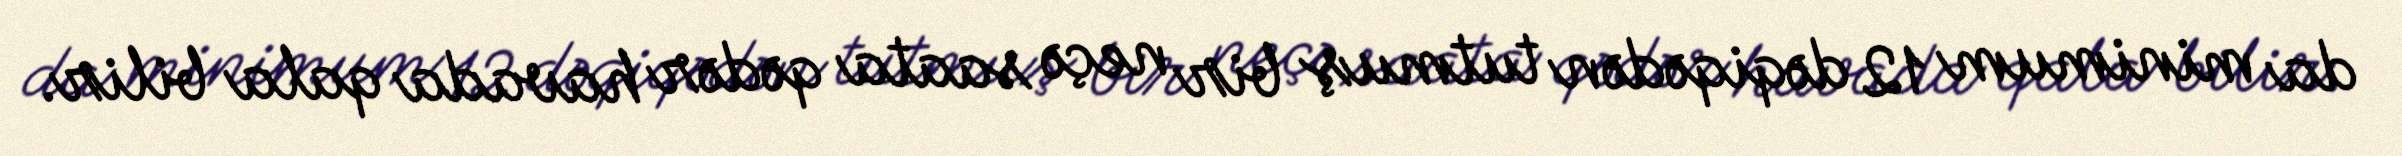
da minimum 12 dəqiqədən tutmuş bir neçə saata qədər havada qala bilir.